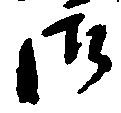
御